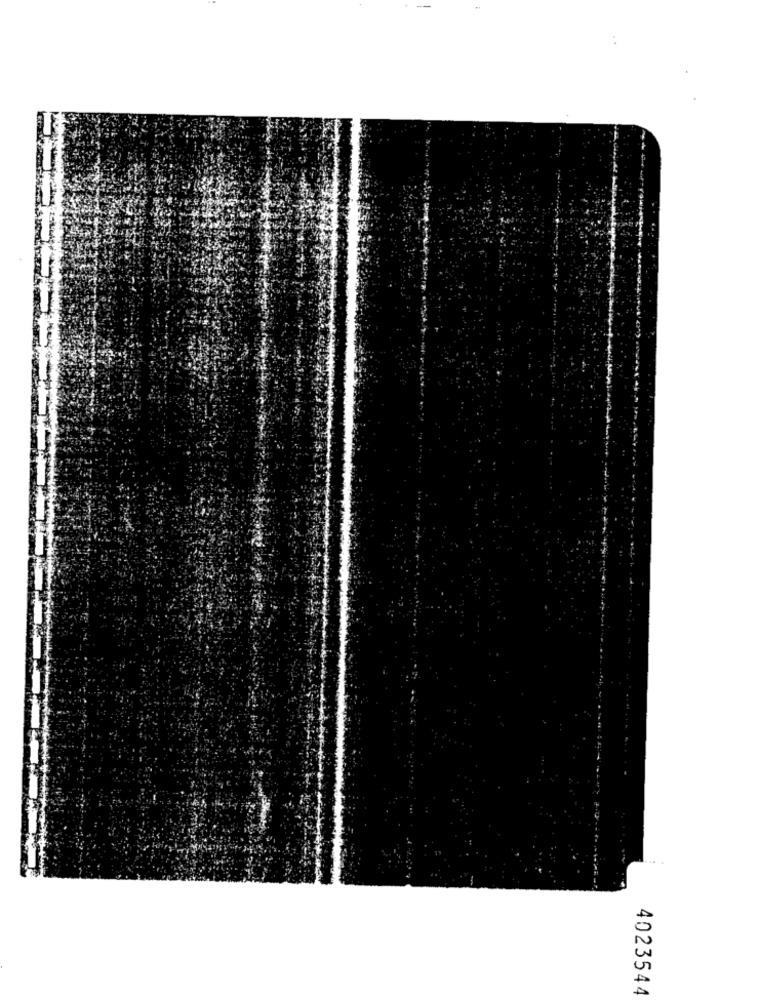
4023544